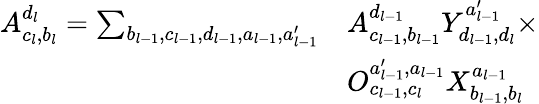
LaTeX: \begin{array}{rl}{A_{c_{l},b_{l}}^{d_{l}}=\sum_{b_{l-1},c_{l-1},d_{l-1},a_{l-1},a_{l-1}^{\prime}}}&{A_{c_{l-1},b_{l-1}}^{d_{l-1}}Y_{d_{l-1},d_{l}}^{a_{l-1}^{\prime}}\times}\\ &{O_{c_{l-1},c_{l}}^{a_{l-1}^{\prime},a_{l-1}}X_{b_{l-1},b_{l}}^{a_{l-1}}}\end{array}